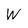
Character: w